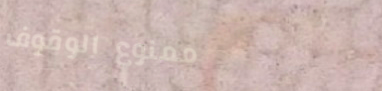
ممنوع الوقوف